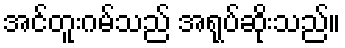
အင်တူးဂမ်သည် အရုပ်ဆိုးသည်။